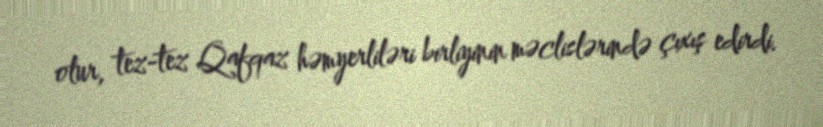
olur, tez-tez Qafqaz həmyerliləri birliyinin məclislərində çıxış edirdi.